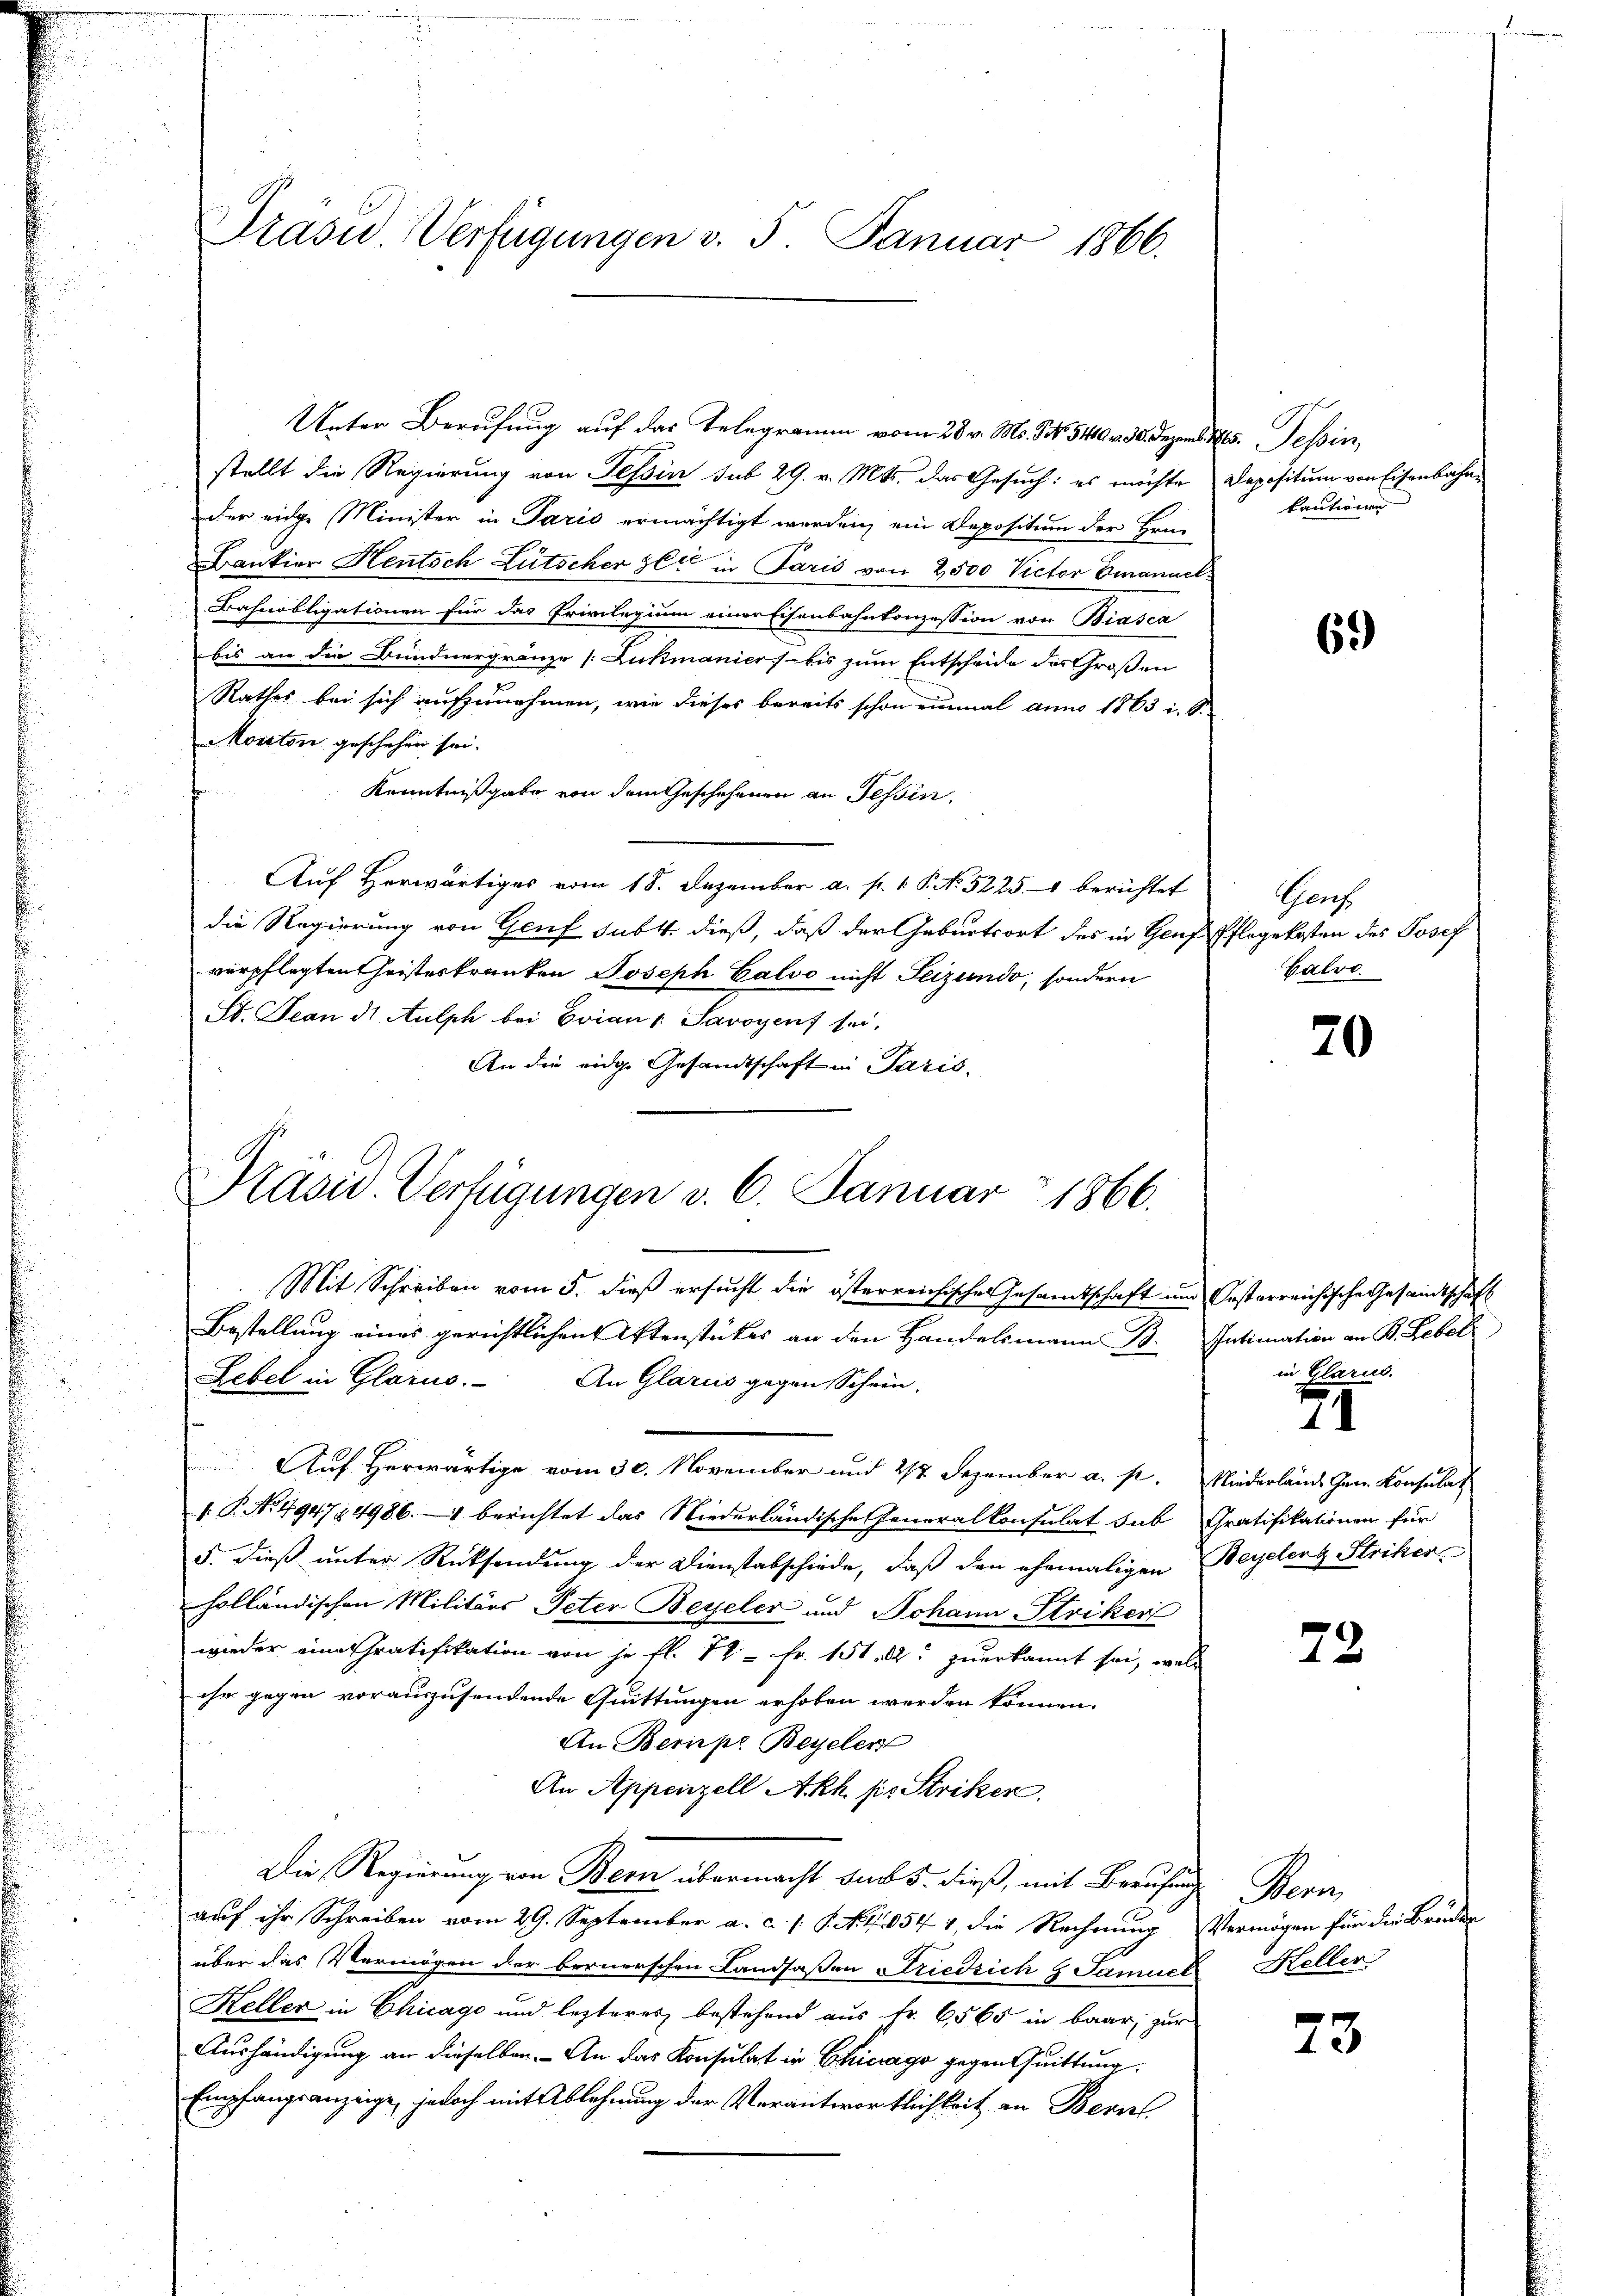
Prasid. Verfügungen v. 5. Januar 1866.

Unter Berufung auf das Telegramm vom 28 v. Ms. 3. No 540 n 30. Dezemb. 85. Tessin,
stellt die Regierung von Tessin sub 29. v. Mts. das Gesuch: es möchte
der eidge Minister in Paris ermächtigt werden, ein Depositum der Hrn.
Bankier Heutsch Lütscher zeit in Paris von 2500 Victor Emanuel¬
Bahnobligationen für das Privilegium einer Eisenbahnkonzession von Biasca
bis an die Bündnergränze [Lukmanier bis zum Entscheide des Großen
Rathes bei sich aufzunehmen, wie dieses bereits schon einmal anno 1863 i. S.
Monton geschehen sei.
Kenntnißgabe von dem Geschehenen an Tessin.
Auf Herwärtiges vom 18. Dezember a. p. 1. P. No. 52251 berichtet
die Regierung von Genf subt dieß, daß der Geburtsort des in Genf Pflegekosten des Josef
verpflegten heisteskranken Joseph Calvo nicht Seizundo, sondern
St. Jean ds Aulph bei Erian Savoyens sei,
An die eidg. Gesandtschaft in Paris.

Präsid. Verfügungen v. 6. Januar 1866.

Klepositum von Eisenbahn
kautionen

Mit Schreiben vom 5. dieß ersucht die österreichisches Gesandtschaft und Gesterreichische Gesandtschaft
Bestellung eines gerichtlichen Utenstückes an den Handelsmann B. Intimation an B. Lebel
Lebel in Glarus. An Glarus gegen Schwin-
Auf Herwärtige vom 30. November und 27 Dezember a. p. Niederlände Gen. Konsulat
 P. Nr. 494784986. berichtet das Niederländische Generalkonsulat sub Gratifikationen für
5. dieß unter Rücksendung der Dienstabschiede, daß den ehemaligen Beyelenz Striker
holländischen Militärs Peter Beyeler und Johann Striker
wieder eine Gratifikation von je fl. 12 Fr. 151. 2. zuerkannt sei, welche
ihr gegen vorauszusendende Quittungen erhoben werden können.
An Bernpe Beyeler
An Appenzell Akh. pr. Striker
Die Regierung von Bern übermacht sub 5. dieß, mit Berufung Bern,
auf ihr Schreiben vom 29. September a. c. s. S. Nr. 40544, die Rechnung Vermögen für die Brüder
über das Vermögen der bernerschen Landsaßen Friedrich & Samuel Keller
Keller in Chicago und lezteres bestehend aus Fr. 6565 in baar, zur
Aushändigung an dieselben. - An das Konsulat in Chicago gegen Quittung
Empfangsanzeige, jedoch mit Ablehnung der Verantwortlichkeit an Bern

6.)

Genf
Calve

70

in Glarus.

XI

73

73